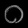
Digit: ၀